Annual administration report of the Civil Veterinary Department of India - 1893-1894
Year: 1893
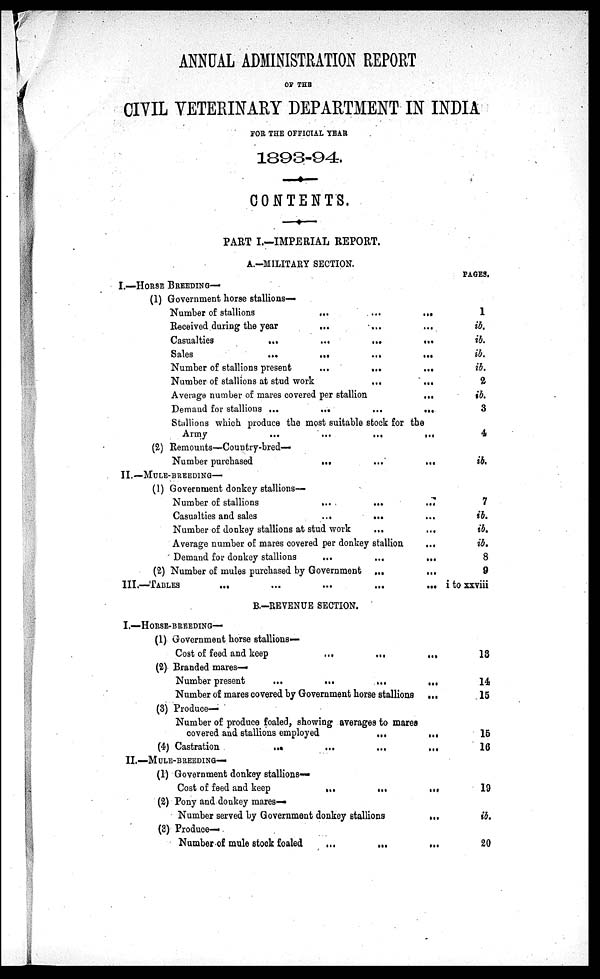
ANNUAL ADMINISTRATION REPORT
OF THE
CIVIL VETERINARY DEPARTMENT IN INDIA
FOR THE OFFICIAL YEAR
1893-94.
CONTENTS.
PART I.—IMPERIAL REPORT.
A.—MILITARY SECTION.
I.—HORSE BREEDING—
(1) Government horse stallions—
Number of stallions
...
...
...
Received during the year
... … …
Casualties
...
...
...
...
Sales
...
...
...
...
Number of stallions present
...
...
...
Number of stallions at stud work
...
...
Average number of mares covered per stallion
...
Demand for stallions ...
...
...
...
Stullions which produce the most suitable stock for the
Army
...
...
...
...
(2) Remounts—Country-bred—
Number purchased
...
...
...
II.—MULE-BREEDING—
(1) Government donkey stallions-
Number of stallions
...
...
...
Casualties and sales
...
... …
Number of donkey stallions at stud work
...
...
Average number of mares covered per donkey stallion
...
Demand for donkey stallions
...
...
...
(2) Number of mules purchased by Government ...
...
III.—TABLES
...
...
...
...
...
B.—REVENUE SECTION.
I.—HORSE-BREEDING—
(1) Government horse stallions—
Cost of feed and keep
...
...
...
(2) Branded mares-
Number present
...
...
...
...
Number of mares covered by Government horse stallions
...
(3) Produce-
Number of produce foaled, showing averages to mares
covered and stallions employed
...
...
(4) Castration
...
...
...
...
II.—MULE-BREEDING—
(1) Government donkey stallions––
Cost of feed and keep
...
...
...
(2) Pony and donkey mares—
Number served by Government donkey stallions
...
(3) Produce—
Number of mule stock foaled
...
...
...
PAGES.
1
ib.
ib.
ib.
ib.
2
ib.
3
4
ib.
7
ib.
ib.
ib.
8
9
i to xxviii
13
14
15
15
16
19
ib.
20